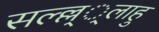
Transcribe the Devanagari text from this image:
सल्ल्ल््लाहु